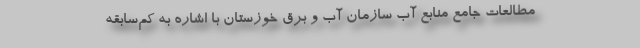
مطالعات جامع منابع آب سازمان آب و برق خوزستان با اشاره به کم‌سابقه